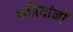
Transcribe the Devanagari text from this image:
क्षत्रियांनीं